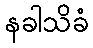
နခါသိခံ